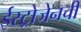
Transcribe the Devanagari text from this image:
ईस्ट्रोजेनची